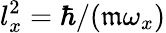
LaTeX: l_{x}^{2}=\hbar/(\mathfrak{m}\omega_{x})